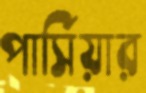
পার্সিয়ার